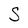
Character: S